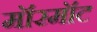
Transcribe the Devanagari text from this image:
मॉरमॉट